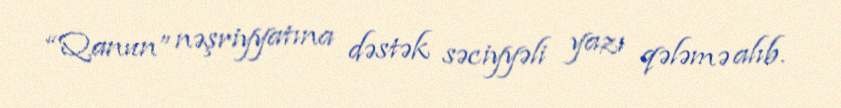
“Qanun” nəşriyyatına dəstək səciyyəli yazı qələmə alıb.